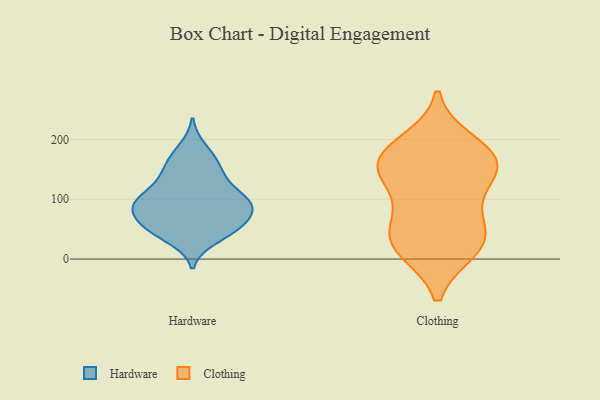
{"axis": {"x": "Temperature (°C)", "y": "Value"}, "legend": ["Clothing", "Hardware"], "data": [{"x": "", "y": 56, "type": "Hardware"}, {"x": "", "y": 95, "type": "Hardware"}, {"x": "", "y": 85, "type": "Hardware"}, {"x": "", "y": 59, "type": "Hardware"}, {"x": "", "y": 91, "type": "Hardware"}, {"x": "", "y": 93, "type": "Hardware"}, {"x": "", "y": 140, "type": "Hardware"}, {"x": "", "y": 77, "type": "Hardware"}, {"x": "", "y": 139, "type": "Hardware"}, {"x": "", "y": 185, "type": "Hardware"}, {"x": "", "y": 48, "type": "Hardware"}, {"x": "", "y": 167, "type": "Hardware"}, {"x": "", "y": 101, "type": "Hardware"}, {"x": "", "y": 90, "type": "Hardware"}, {"x": "", "y": 46, "type": "Hardware"}, {"x": "", "y": 99, "type": "Hardware"}, {"x": "", "y": 122, "type": "Hardware"}, {"x": "", "y": 35, "type": "Hardware"}, {"x": "", "y": 54, "type": "Hardware"}, {"x": "", "y": 160, "type": "Hardware"}, {"x": "", "y": 173, "type": "Clothing"}, {"x": "", "y": 152, "type": "Clothing"}, {"x": "", "y": 108, "type": "Clothing"}, {"x": "", "y": 163, "type": "Clothing"}, {"x": "", "y": 194, "type": "Clothing"}, {"x": "", "y": 26, "type": "Clothing"}, {"x": "", "y": 23, "type": "Clothing"}, {"x": "", "y": 65, "type": "Clothing"}, {"x": "", "y": 43, "type": "Clothing"}, {"x": "", "y": 146, "type": "Clothing"}, {"x": "", "y": 17, "type": "Clothing"}, {"x": "", "y": 162, "type": "Clothing"}]}